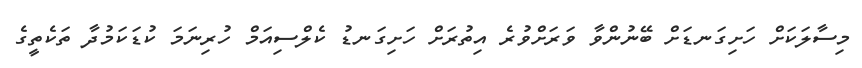
މިސާލަކަށް ހަށިގަނޑަށް ބޭނުންވާ ވަރަށްވުރެ އިތުރަށް ހަށިގަނޑު ކެލްސިއަމް ހުރިނަމަ ކުޑަކަމުދާ ތަކެތީގެ